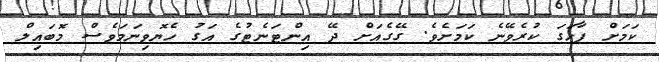
ކަމަށް ފާހަގަ ކުރެވޭނެ ކަމަށެވެ. ގޭގެއަށް ދޭ އިންޓަނެޓުގެ އަގު ހެޔޮވިނަމަވެސް މޮބައިލް